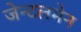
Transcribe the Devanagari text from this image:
जेन्टलमेन